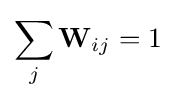
\sum _{j}{\mathbf {W} _{ij}}=1